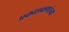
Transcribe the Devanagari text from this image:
प्रकाशकणांच्या